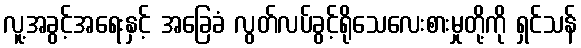
လူ့အခွင့်အရေးနှင့် အခြေခံ လွတ်လပ်ခွင့်ရိုသေလေးစားမှုတို့ကို ရှင်သန်